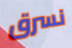
نسرق